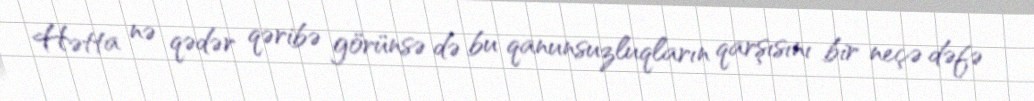
Hətta nə qədər qəribə görünsə də bu qanunsuzluqların qarşısını bir neçə dəfə